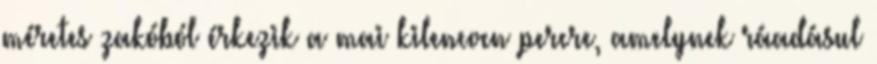
méretes zakóból érkezik a mai kilencven percre, amelynek ráadásul